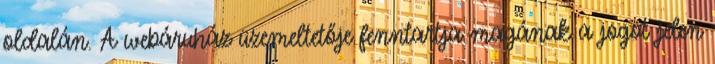
oldalán. A webáruház üzemeltetője fenntartja magának a jogot jelen